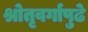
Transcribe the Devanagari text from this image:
श्रोतृवर्गापुढे